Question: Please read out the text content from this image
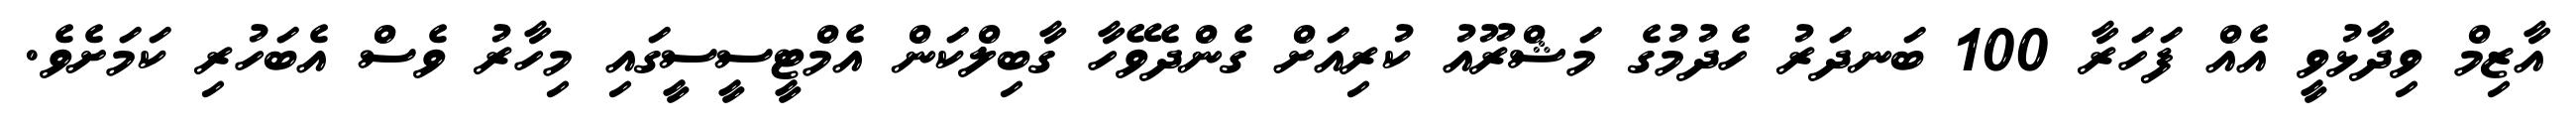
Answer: އާޒިމް ވިދާޅުވީ އެއް ފަހަރާ 100 ބަނދަރު ހެދުމުގެ މަޝްރޫއު ކުރިއަށް ގެންދެވޭހާ ގާބިލްކަން އެމްޓީސީސީގައި މިހާރު ވެސް އެބަހުރި ކަމަށެވެ.